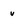
Character: u